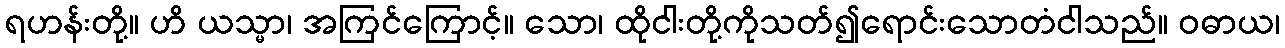
ရဟန်းတို့။ ဟိ ယသ္မာ၊ အကြင်ကြောင့်။ သော၊ ထိုငါးတို့ကိုသတ်၍ရောင်းသောတံငါသည်။ ဝဓာယ၊